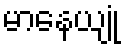
မာနေယျုံ